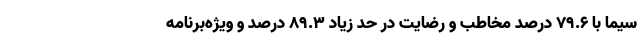
سیما با 79.6 درصد مخاطب و رضایت در حد زیاد 89.3 درصد و ویژه‌برنامه